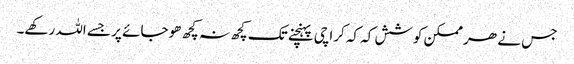
جس نے ھر ممکن کوشش کہ کہ کراچی پہنچنے تک کچھ نہ کچھ ھوجائے پر جسے اللہ رکھے۔